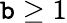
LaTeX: \mathtt{b}\geq1